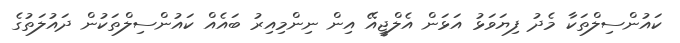
ކައުންސިލްތަކާ މެދު ފިޔަވަޅު އަޅަން އެލްޖީއޭ އިން ނިންމިއިރު ބައެއް ކައުންސިލްތަކުން ދައުލަތުގެ